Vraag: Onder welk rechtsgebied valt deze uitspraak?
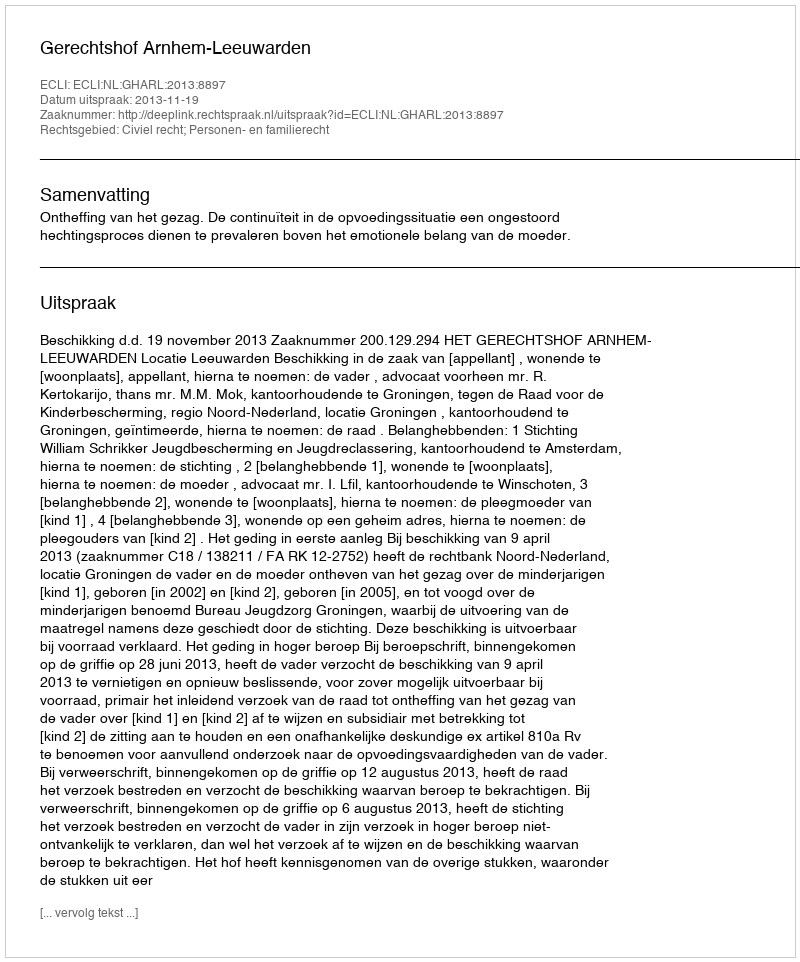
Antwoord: Civiel recht; Personen- en familierecht